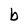
Character: b